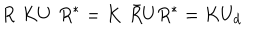
R \, \, K U \, \, R ^ { * } = K \, \, \bar { R } U R ^ { * } = K U _ { d }